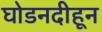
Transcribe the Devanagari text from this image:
घोडनदीहून